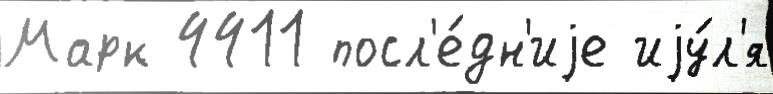
Марк 4411 посл'е́дн'иjе иjу́л'я